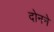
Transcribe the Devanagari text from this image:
दोनने